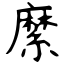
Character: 縻